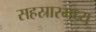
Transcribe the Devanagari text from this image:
सहस्रारमध्य